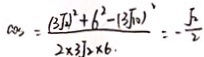
\cos = \frac { ( 3 J _ { 2 } ) ^ { 2 } + 6 ^ { 2 } - ( 3 \sqrt { 1 0 } ^ { 2 } } { 2 \times 3 J _ { 2 } \times 6 . } = - \frac { \sqrt { 2 } } { 2 }